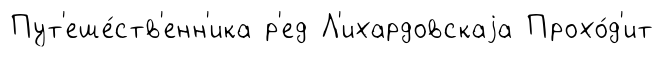
Пут'еше́ств'енн'ика р'ед Л'ихардовскаjа Прохо́д'ит